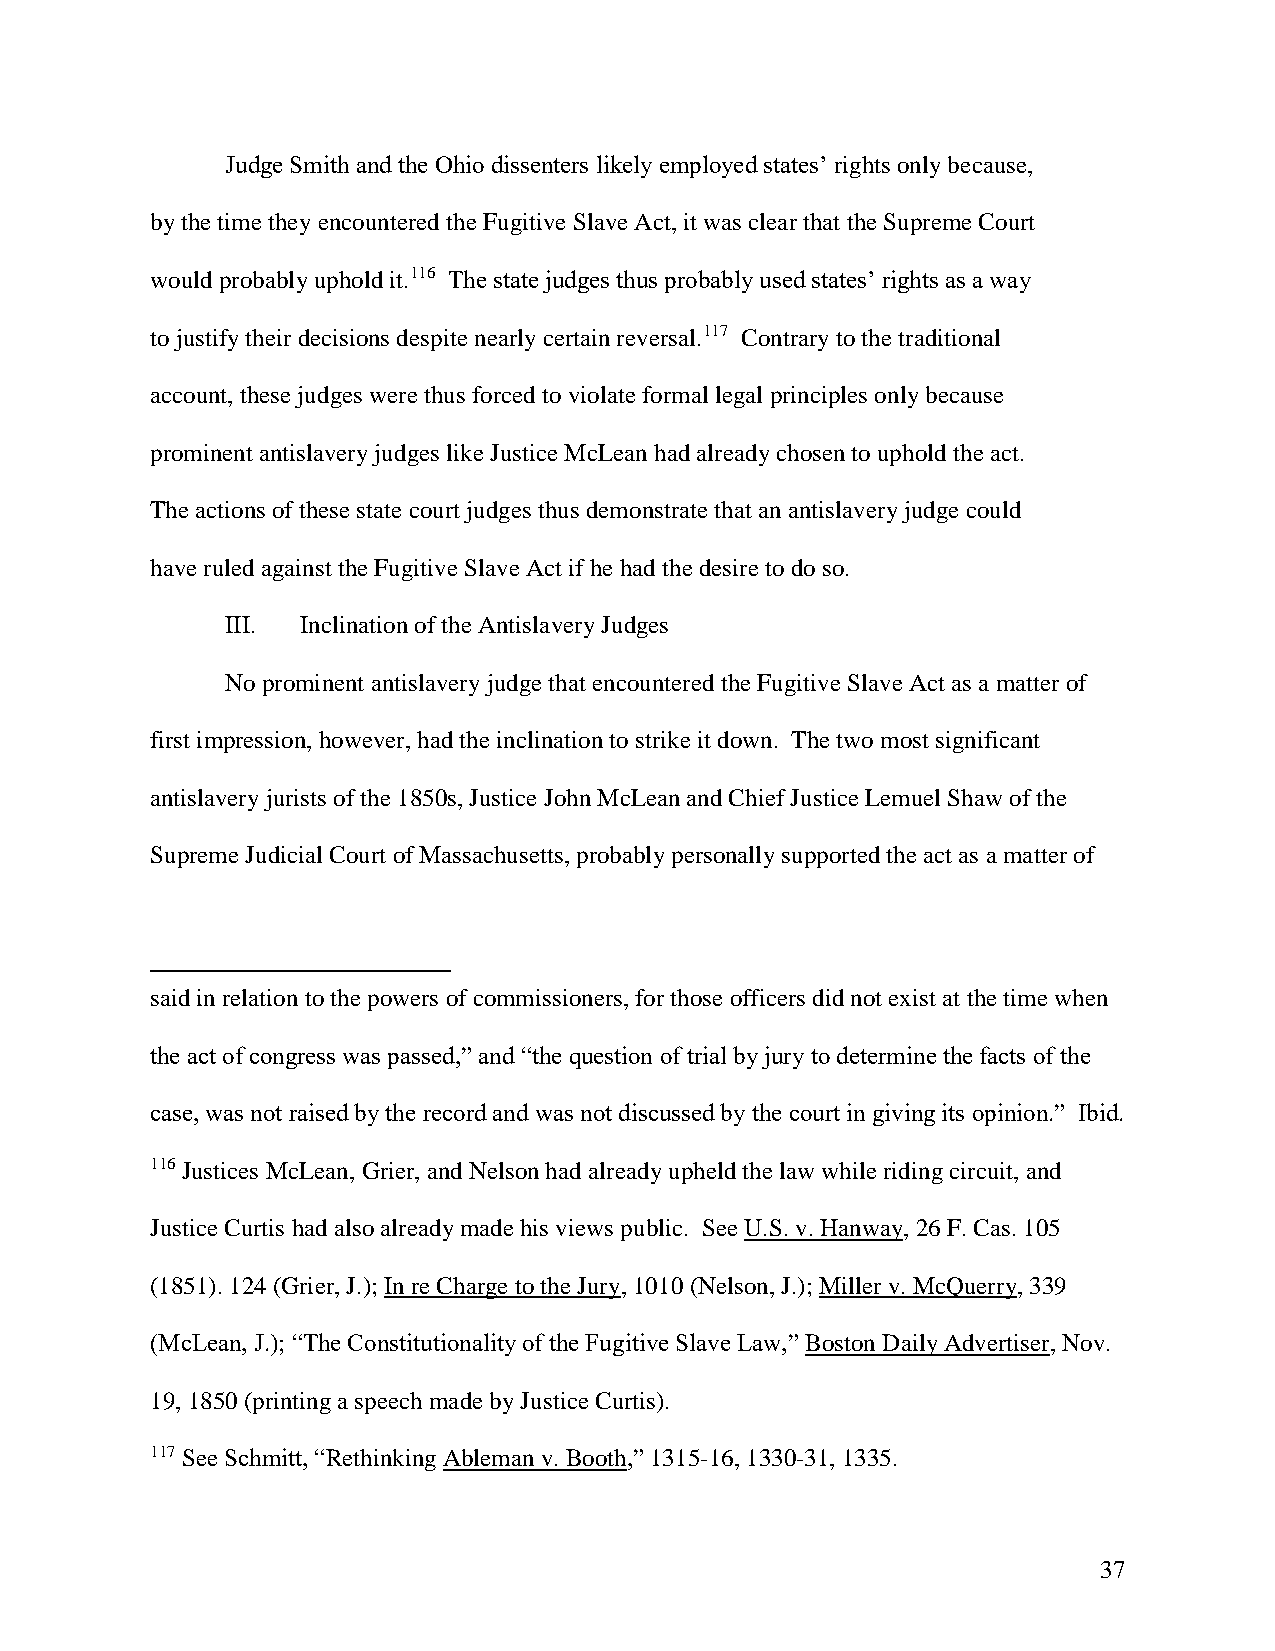
Judge Smith and the Ohio dissenters likely employed states’ rights only because,
 by the time they encountered the Fugitive Slave Act, it was clear that the Supreme Court
 would probably uphold it.116 The state judges thus probably used states’ rights as a way
 to justify their decisions despite nearly certain reversal.117 Contrary to the traditional
 account, these judges were thus forced to violate formal legal principles only because
 prominent antislavery judges like Justice McLean had already chosen to uphold the act.
 The actions of these state court judges thus demonstrate that an antislavery judge could
 have ruled against the Fugitive Slave Act if he had the desire to do so.
 III. Inclination of the Antislavery Judges
 No prominent antislavery judge that encountered the Fugitive Slave Act as a matter of
 first impression, however, had the inclination to strike it down. The two most significant
 antislavery jurists of the 1850s, Justice John McLean and Chief Justice Lemuel Shaw of the
 Supreme Judicial Court of Massachusetts, probably personally supported the act as a matter of
 said in relation to the powers of commissioners, for those officers did not exist at the time when
 the act of congress was passed,” and “the question of trial by jury to determine the facts of the
 case, was not raised by the record and was not discussed by the court in giving its opinion.” Ibid.
 116 Justices McLean, Grier, and Nelson had already upheld the law while riding circuit, and
 Justice Curtis had also already made his views public. See U.S. v. Hanway, 26 F. Cas. 105
 (1851). 124 (Grier, J.); In re Charge to the Jury, 1010 (Nelson, J.); Miller v. McQuerry, 339
 (McLean, J.); “The Constitutionality of the Fugitive Slave Law,” Boston Daily Advertiser, Nov.
 19, 1850 (printing a speech made by Justice Curtis).
 117 See Schmitt, “Rethinking Ableman v. Booth,” 1315-16, 1330-31, 1335.
 37